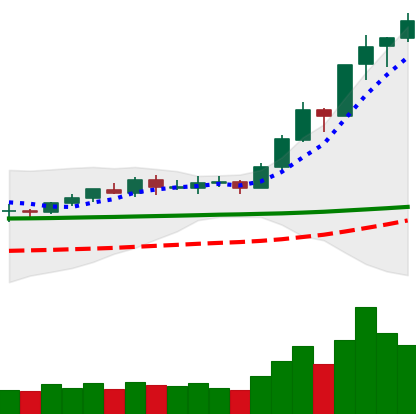
Ticker: BNB-USD
Chart end date: 2020-02-12
Forward return: -11.015%
Label: down_7plus